Reports on military cantonments and civil stations in the Presidency of Bombay inspected by the Sanitary Commissioner in the years 1875 and 1876
Year: 1875
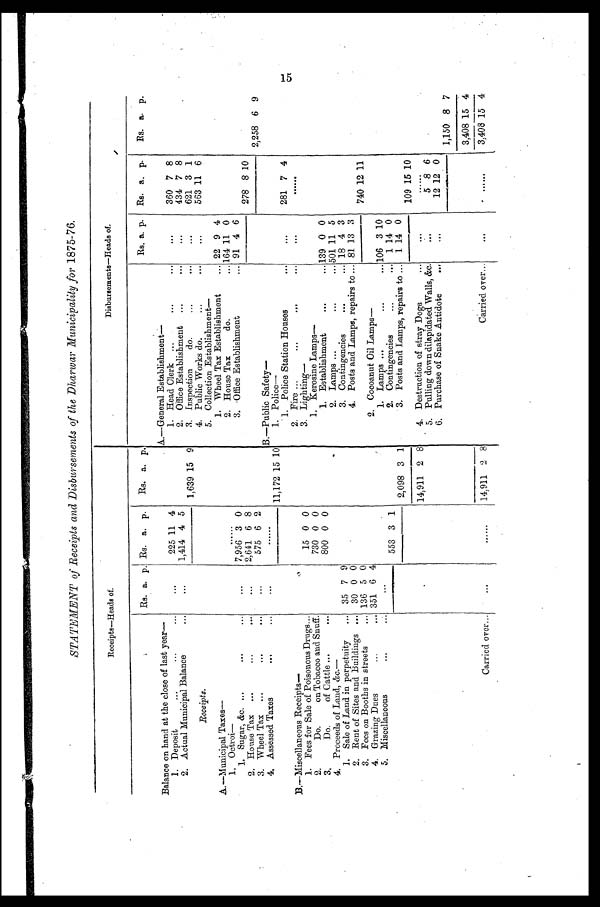
STATEMENT of Receipts and Disbursements of the Dharwar Municipality for 1875-76.
Receipts—Heads of.
Disbursements—Heads of.
Rs. a. p. Rs. a. p.
Rs. a. p.
Rs. a. p. Rs. a. p.
Rs. a. p.
Balance on hand at the close of last year—
A.—General Establishment —
1. Deposit
...
...
...
...
225 11 4
1. Head Clerk ...
...
...
...
360 7 8
2. Actual Municipal Balance
...
...
1,414 4 5
2. Office Establishment ...
...
...
434 7 8
1,639 15 9
3. Inspection do.
...
...
...
621 3 1
Receipts.
4. Public Works do.
...
...
...
563 11 6
5. Collection Establishment
—
A.—Municipal Taxes—
1. Wheel Tax Establishment
... 22 9 4
1. Octroi—
.....
2. House Tax do.
... 164 11 0
1. Sugar, &c. ...
...
...
2. House Tax ...
...
...
...
...
7,956
2,641
3
6
0
8
3. Office Establishment
... 91 4 6
278 8 10
3. Wheel Tax ...
...
...
...
575 6 2
2,258 6 9
4, Assessed Taxes
...
...
...
......
B.—Public Safety
—
11,172 15 10
1. Police
—
1. Police Station Houses
...
...
281 7 4
B. —Mi scel l aneous Recei pt s—
2. Fire ...
...
...
...
...
......
1. Fees for Sale of Poisonous Drugs...
15 0 0
3. Lighting
—
2. Do.on Tobacco and Snuff.
730 0 0
1. Kerosine Lamps
—
3. Do. of Cattle ...
...
800 0 0
1. Establishment
...
... 139 0 0
4. Proceeds of Land, &c.—
2. Lamps ...
...
... 501 11 5
1. Sale of Land in perpetuity ... 35 7 9
3. Contingencies
...
... 18 4 3
2. Rent of Sites and Buildings ... 30 0 0
4. Posts and Lamps, repairs to ... 81 13 3
3.Fees on Booths in streets
... 136 5 0
740 12 11
4. Grazing Dues
...
... 351 6 4
2. Cocoanut Oil Lamps—
5. Miscellaneous
...
. . .
. . .
1. Lamps ...
...
... 106 3 10
553 3 1
2. Contingencies
...
... 1 14 0
2,098 3 1
3. Posts and Lamps, repairs to ... 1 14 0
109 15 10
14,911 2 8
4. Destruction of stray Dogs
...
...
......
5. Pulling down dilapidated Walls, &c.
. . .
5 8 6
6. Purchase of Snake Antidote
...
...
12 12 0
1,150 8 7
3,408 15 4
Carried over...
...
......
14,911 2 8
Carried over...
. . .
......
3,408 15 4
15